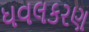
ધવલકરણ